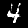
Label: 4